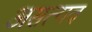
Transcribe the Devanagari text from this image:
असत्यव